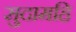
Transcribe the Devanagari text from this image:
सुदामहि